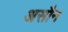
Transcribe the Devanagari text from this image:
असौन